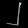
Digit: ၂